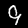
Label: 9